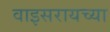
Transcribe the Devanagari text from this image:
वाइसरायच्या